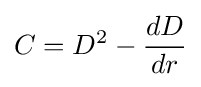
C=D^{2}-{\frac {dD}{dr}}